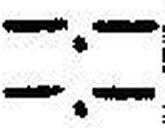
—.—